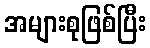
အများစုဖြစ်ပြီး